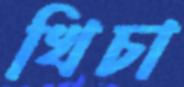
খিচা